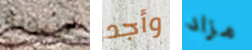
غيبوبة وأجد مزاد